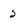
Character: 2